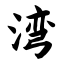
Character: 湾